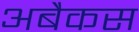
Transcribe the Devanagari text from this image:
अबैकस